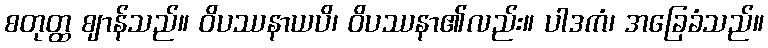
စတုတ္ထ ဈာန်သည်။ ဝိပဿနာယပိ၊ ဝိပဿနာ၏လည်း။ ပါဒကံ၊ အခြေခံသည်။